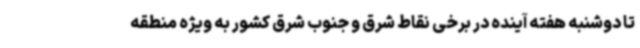
تا دوشنبه هفته آینده در برخی نقاط شرق و جنوب شرق کشور به ویژه منطقه